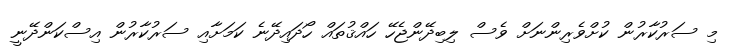
މި ސަރުކާރުން ކުށްވެރިންނަށް ވެސް ލިބިދޭންޖެހޭ ހައްޤުތައް ހޯދައިދޭނެ ކަމަށާއި ސަރުކާރުން އިސްކަންދޭނީ